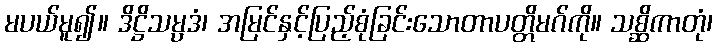
မပယ်မူ၍။ ဒိဋ္ဌိသမ္ပဒံ၊ အမြင်နှင့်ပြည့်စုံခြင်းသောတာပတ္တိမဂ်ကို။ သစ္ဆိကာတုံ၊